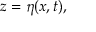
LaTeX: z = \eta ( x , t ) ,